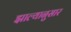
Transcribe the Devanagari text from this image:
झाल्यानुसार